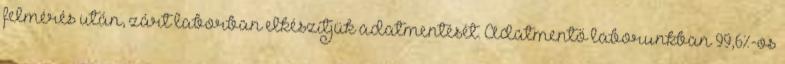
felmérés után, zárt laborban elkészítjük adatmentését. Adatmentő laborunkban 99,6%-os